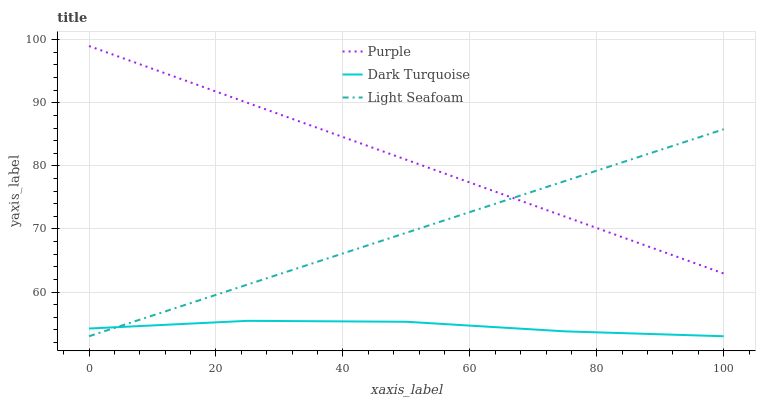
| xaxis_label | Purple | Dark Turquoise | Light Seafoam |
 | --- | --- | --- | --- |
 | 0 | 99 | 54.2 | 53 |
 | 25 | 90 | 55.4 | 61.2 |
 | 50 | 81 | 55.3 | 69.4 |
 | 75 | 72 | 53.8 | 77.6 |
 | 100 | 62.9 | 53 | 85.8 |